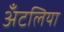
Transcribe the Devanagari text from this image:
अँटलिया